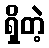
ရှိတဲ့